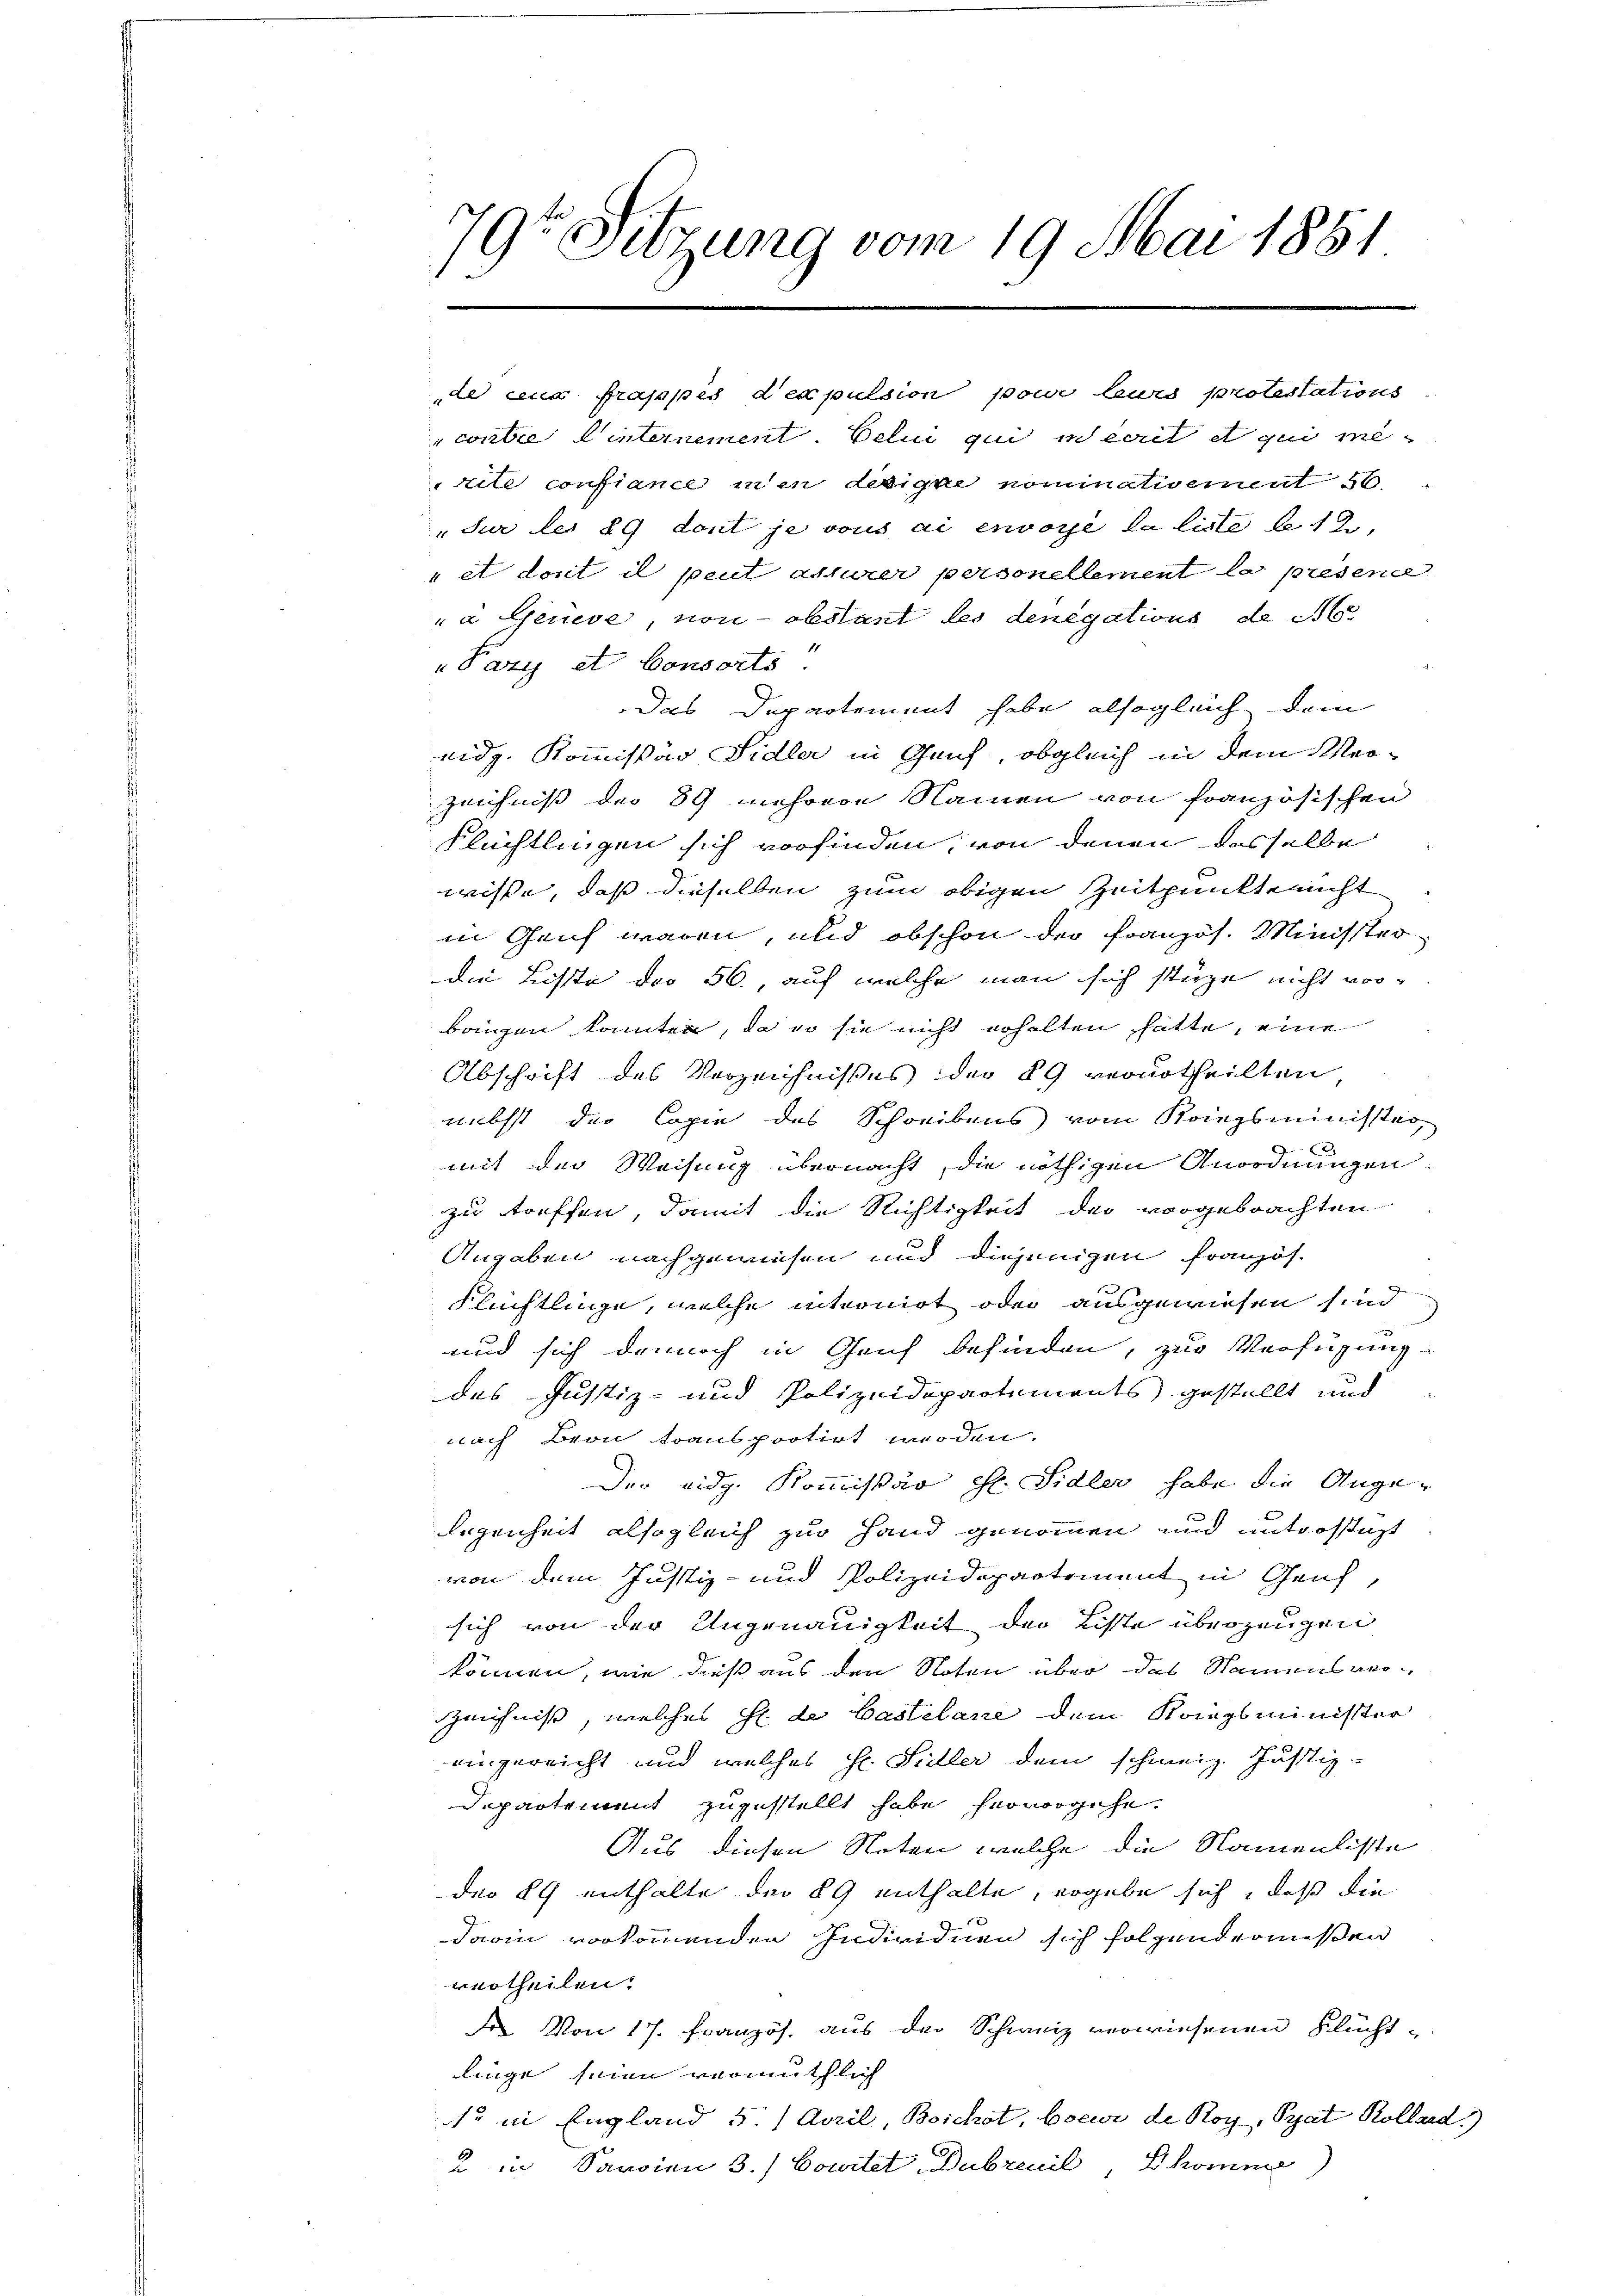
de ceux frappes der pulsion pour leurs potestations
contre Linternement. Celui qui necret et qui me
ite confiance in in designe nominativement
"Für der 29 dont je vous ai envore la liste le 12,
" et dont il peut assurer personellement la presen
à Geneve, von - obstant les denegations de de
" Pazy et Consorts.
Das Departement habe, alsogleich dem
ridg. Kommissär Sidler in Genf, obgleich in dem Mor¬
Zeichniß der 89 mehrere Namen von französischen
Flüchtlingen sich vorfinden, von denen dasselbe
wisse, daß dieselben zum obigen Zeitpunkt nicht
in Genf waren, und obschon der Französ. Minister
die Liste der 56, auf welche man sich stüze nicht vorbangen konnten, da so sie nicht erhalten hatte, eine
Abschrift des Verzeichnisses der 89 verurtheilten
nebst die Copie des Schreibens vom Kriegsminister
x
mit der Weisung übernacht, die nöthigen Anordnungen
zu treffen, damit die Nichtigkeit der vorgebrachten
Angaben nachgewiesen und diejenigen französ.
e
Flüchtlinge, welche internirt oder ausgewiesen sind
und sich dennoch in Geif befinden, zur Verfügung
das Justiz- und Polizeidepartements gestellt und
nach Bern transportirt werden.
Der eidg. Kommissär H. Sidler habe die Ange-
liegenheit alsogleich zur Hand genommen und unterstigt
von dem Justiz- und Polizeidepartement in Genf,
sich von der Ungenauigkeit der Liste überzeugen
können, wie dieß aus den Noten über das Namensverzeichnis, welches Hl. de Castelane dem Kriegsminister
eingereicht und welches H. Süller dem schweiz. Justiz-
Departement zuzustellt habe hervorgehe.
Aus diesen Noten, welche die Namenliste
deo 89 enthalte der 89 enthalte, ergebe sich, daß die
darin vorkommenden Individuen sich folgendernissen
vurtheilen.
de. Von 17. Französ. aus der Schweiz verwiesenen Flüchtlinge seien vermuthlich
so in England 5. April, Boichst, boeur de Roy, Prat Kollard
2 in Sardien 3.) Comitel, Dubreuil, komme

3
dr Sitzung vom 19. Mai 1851
a